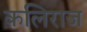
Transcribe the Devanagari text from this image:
कलिराज